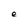
Character: e